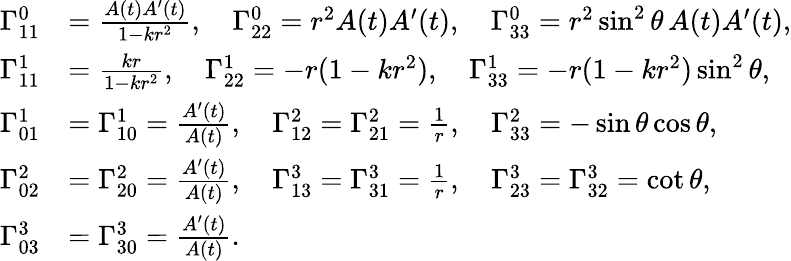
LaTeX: \begin{array}{rl}{\Gamma_{11}^{0}}&{=\frac{A(t)A^{\prime}(t)}{1-kr^{2}},\quad\Gamma_{22}^{0}=r^{2}A(t)A^{\prime}(t),\quad\Gamma_{33}^{0}=r^{2}\sin^{2}\theta\, A(t)A^{\prime}(t),}\\ {\Gamma_{11}^{1}}&{=\frac{kr}{1-kr^{2}},\quad\Gamma_{22}^{1}=-r(1-kr^{2}),\quad\Gamma_{33}^{1}=-r(1-kr^{2})\sin^{2}\theta,}\\ {\Gamma_{01}^{1}}&{=\Gamma_{10}^{1}=\frac{A^{\prime}(t)}{A(t)},\quad\Gamma_{12}^{2}=\Gamma_{21}^{2}=\frac{1}{r},\quad\Gamma_{33}^{2}=-\sin\theta\cos\theta,}\\ {\Gamma_{02}^{2}}&{=\Gamma_{20}^{2}=\frac{A^{\prime}(t)}{A(t)},\quad\Gamma_{13}^{3}=\Gamma_{31}^{3}=\frac{1}{r},\quad\Gamma_{23}^{3}=\Gamma_{32}^{3}=\cot\theta,}\\ {\Gamma_{03}^{3}}&{=\Gamma_{30}^{3}=\frac{A^{\prime}(t)}{A(t)}.}\end{array}